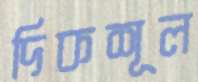
দিকশূল